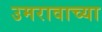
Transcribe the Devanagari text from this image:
उमरावाच्या